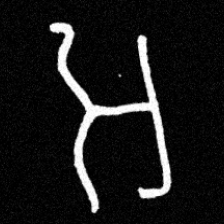
Pyu character \u2014 Myanmar letter: အ (romanized: a)